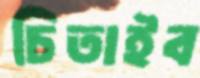
চিতাইব